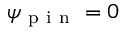
\psi _ { \mathrm { ~ p ~ i ~ n ~ } } = 0